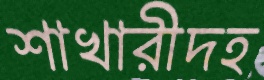
শাখারীদহ